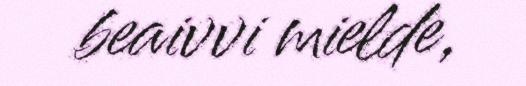
beaivvi mielde,